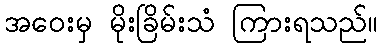
အဝေးမှ မိုးခြိမ်းသံ ကြားရသည်။